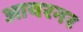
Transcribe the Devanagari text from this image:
आयरनर